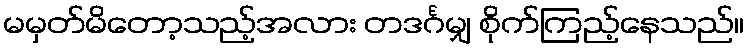
မမှတ်မိတော့သည့်အလား တဒင်္ဂမျှ စိုက်ကြည့်နေသည်။